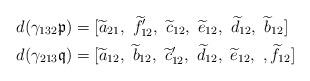
LaTeX: \begin{align*}d(\gamma_{132} \mathfrak{p}) &= [\widetilde{a}_{21},\ \widetilde{f}'_{12},\ \widetilde{c}_{12},\ \widetilde{e}_{12},\ \widetilde{d}_{12},\ \widetilde{b}_{12}]\\d(\gamma_{213} \mathfrak{q}) &= [\widetilde{a}_{12},\ \widetilde{b}_{12},\ \widetilde{c}'_{12},\ \widetilde{d}_{12},\ \widetilde{e}_{12},\ , \widetilde{f}_{12}] \end{align*}